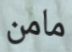
مامن